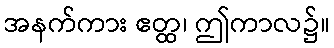
အနက်ကား ဧတ္ထ၊ ဤကာလ၌။